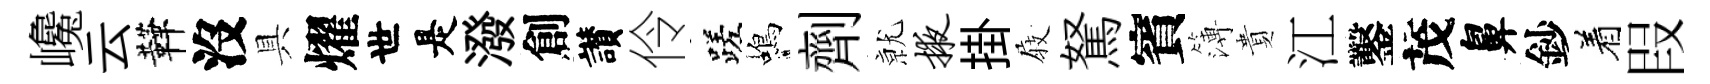
巉云鞾沒具燿世是潑創讃伶蹉蝎劑𭕒掖掛𡲆駑賓簿貴江鑿茂鼻鈔着叚